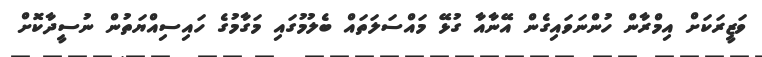
ވަޒީރަކަށް އިމްރާން ހުންނަވައިގެން އޭނާއާ ގުޅޭ މައްސަލަތައް ބެލުމުގައި މަގާމުގެ ހައިސިއްޔަތުން ނުސީދާކޮށް